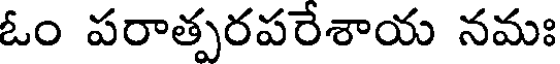
ఓం పరాత్పరపరేశాయ నమః